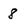
Character: 8